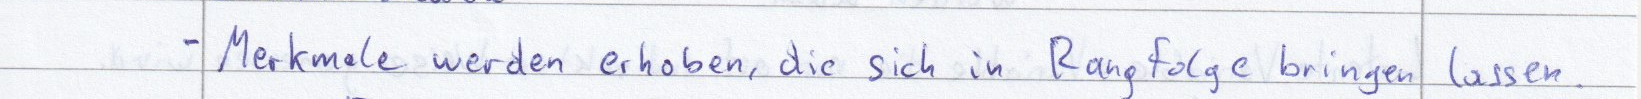
- Merkmale werden erhoben, die sich in Rangfolge bringen lassen